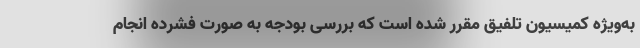
به‌ویژه کمیسیون تلفیق مقرر شده است که بررسی بودجه به صورت فشرده انجام